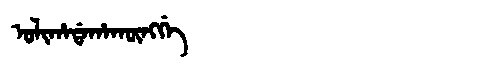
Manchu: ᠣᠯᡳᡥᠠᡩᠠᡥᠠᡴᡡᠩᡤᡝ
Romanization: OLIHADAHAKŪNGGE